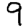
Digit: 9